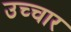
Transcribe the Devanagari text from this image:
उच्‍चार